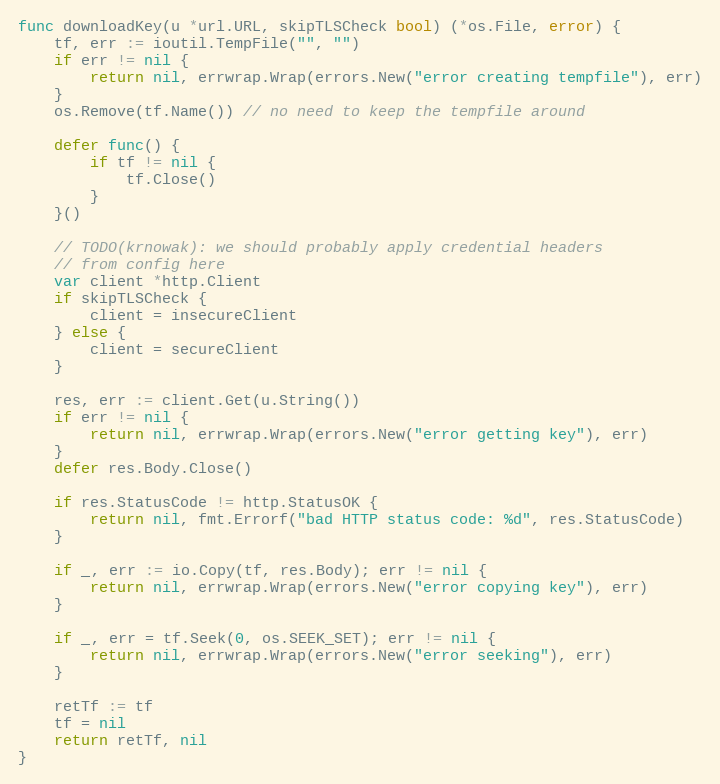
Language: Go
func downloadKey(u *url.URL, skipTLSCheck bool) (*os.File, error) {
	tf, err := ioutil.TempFile("", "")
	if err != nil {
		return nil, errwrap.Wrap(errors.New("error creating tempfile"), err)
	}
	os.Remove(tf.Name()) // no need to keep the tempfile around

	defer func() {
		if tf != nil {
			tf.Close()
		}
	}()

	// TODO(krnowak): we should probably apply credential headers
	// from config here
	var client *http.Client
	if skipTLSCheck {
		client = insecureClient
	} else {
		client = secureClient
	}

	res, err := client.Get(u.String())
	if err != nil {
		return nil, errwrap.Wrap(errors.New("error getting key"), err)
	}
	defer res.Body.Close()

	if res.StatusCode != http.StatusOK {
		return nil, fmt.Errorf("bad HTTP status code: %d", res.StatusCode)
	}

	if _, err := io.Copy(tf, res.Body); err != nil {
		return nil, errwrap.Wrap(errors.New("error copying key"), err)
	}

	if _, err = tf.Seek(0, os.SEEK_SET); err != nil {
		return nil, errwrap.Wrap(errors.New("error seeking"), err)
	}

	retTf := tf
	tf = nil
	return retTf, nil
}